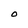
Character: d